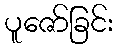
ပူဇော်ခြင်း